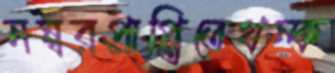
নম্বরপ্রাপ্তিতেথম্‌ক